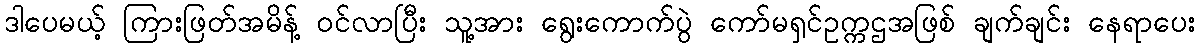
ဒါပေမယ့် ကြားဖြတ်အမိန့် ဝင်လာပြီး သူ့အား ရွေးကောက်ပွဲ ကော်မရှင်ဥက္ကဌအဖြစ် ချက်ချင်း နေရာပေး